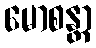
မောစန္တာ